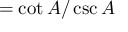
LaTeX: = { \cot A / \csc A }